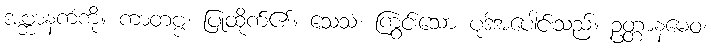
အဗ္ဘာနကံကို။ ကာတဗ္ဗံ၊ ပြုထိုက်၏။ သေသံ၊ ကြွင်းသော ပုဒ်အပေါင်းသည်။ ဥတ္တာနမေဝ၊